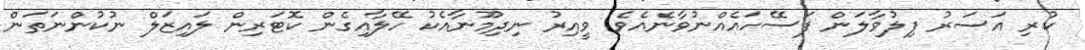
ކުރި އަސަރު ފިލުވާލަން ފަސޭހައެއްނުވާނެއެވެ. ވީއިރު ނިދިމޫނާއެކު ހޭލާއިގެން ކޮޓަރިން ލައިޒަލް ނުކުންނަތަން